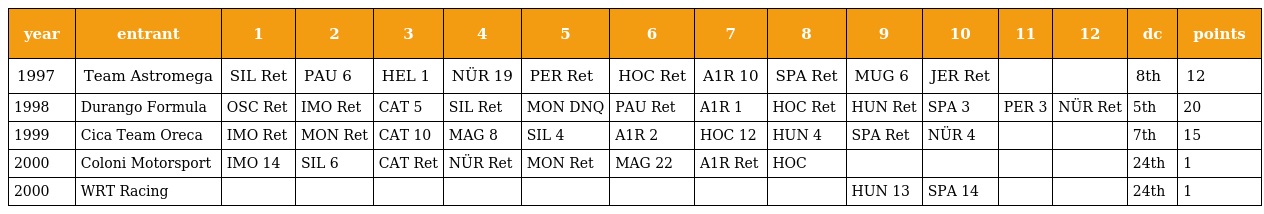
| year | entrant | 1 | 2 | 3 | 4 | 5 | 6 | 7 | 8 | 9 | 10 | 11 | 12 | dc | points |
 | --- | --- | --- | --- | --- | --- | --- | --- | --- | --- | --- | --- | --- | --- | --- | --- |
 | 1997 | Team Astromega | SIL Ret | PAU 6 | HEL 1 | NÜR 19 | PER Ret | HOC Ret | A1R 10 | SPA Ret | MUG 6 | JER Ret |  |  | 8th | 12 |
 | 1998 | Durango Formula | OSC Ret | IMO Ret | CAT 5 | SIL Ret | MON DNQ | PAU Ret | A1R 1 | HOC Ret | HUN Ret | SPA 3 | PER 3 | NÜR Ret | 5th | 20 |
 | 1999 | Cica Team Oreca | IMO Ret | MON Ret | CAT 10 | MAG 8 | SIL 4 | A1R 2 | HOC 12 | HUN 4 | SPA Ret | NÜR 4 |  |  | 7th | 15 |
 | 2000 | Coloni Motorsport | IMO 14 | SIL 6 | CAT Ret | NÜR Ret | MON Ret | MAG 22 | A1R Ret | HOC |  |  |  |  | 24th | 1 |
 | 2000 | WRT Racing |  |  |  |  |  |  |  |  | HUN 13 | SPA 14 |  |  | 24th | 1 |